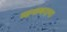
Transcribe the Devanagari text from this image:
मानाबराना